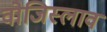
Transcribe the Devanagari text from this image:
वोजिस्लाव